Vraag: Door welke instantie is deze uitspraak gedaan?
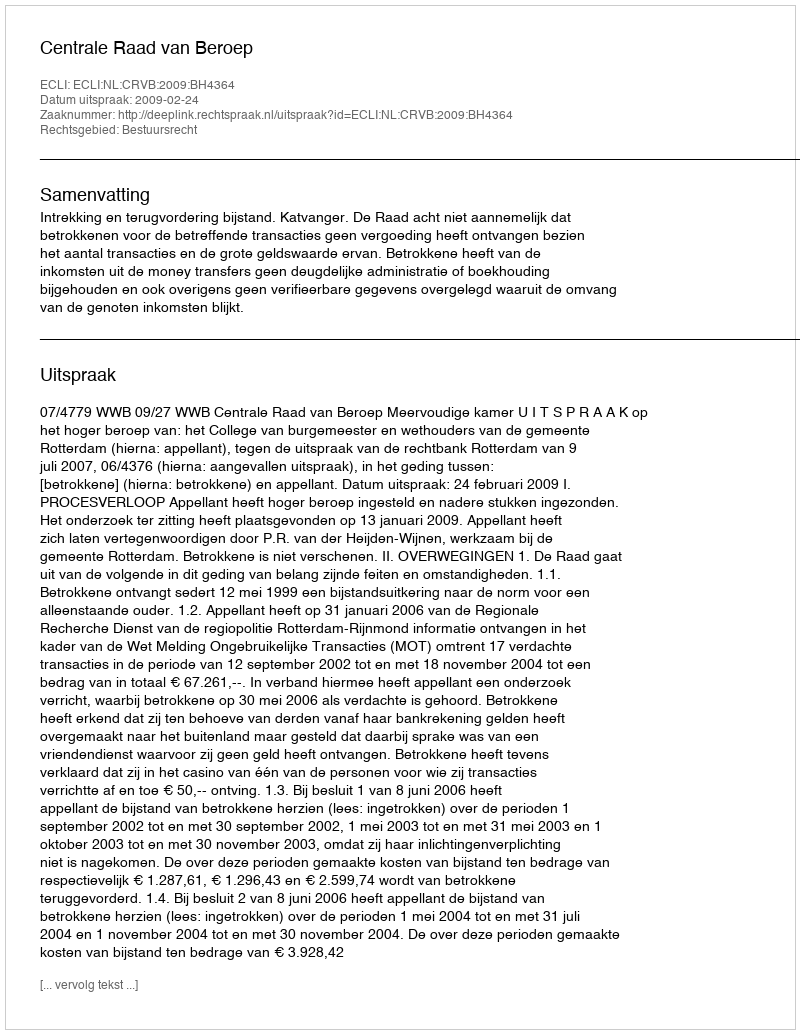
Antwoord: Centrale Raad van Beroep